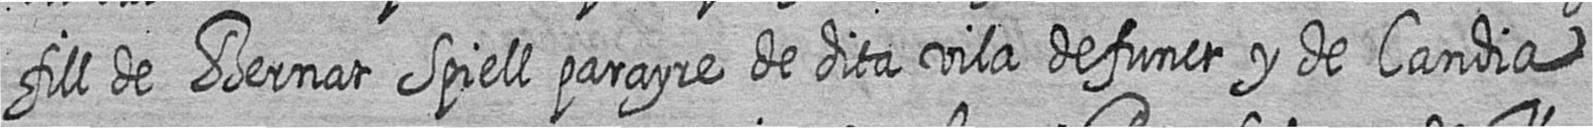
fill de Bernat Spiell parayre de dita vila defunct y de Candia